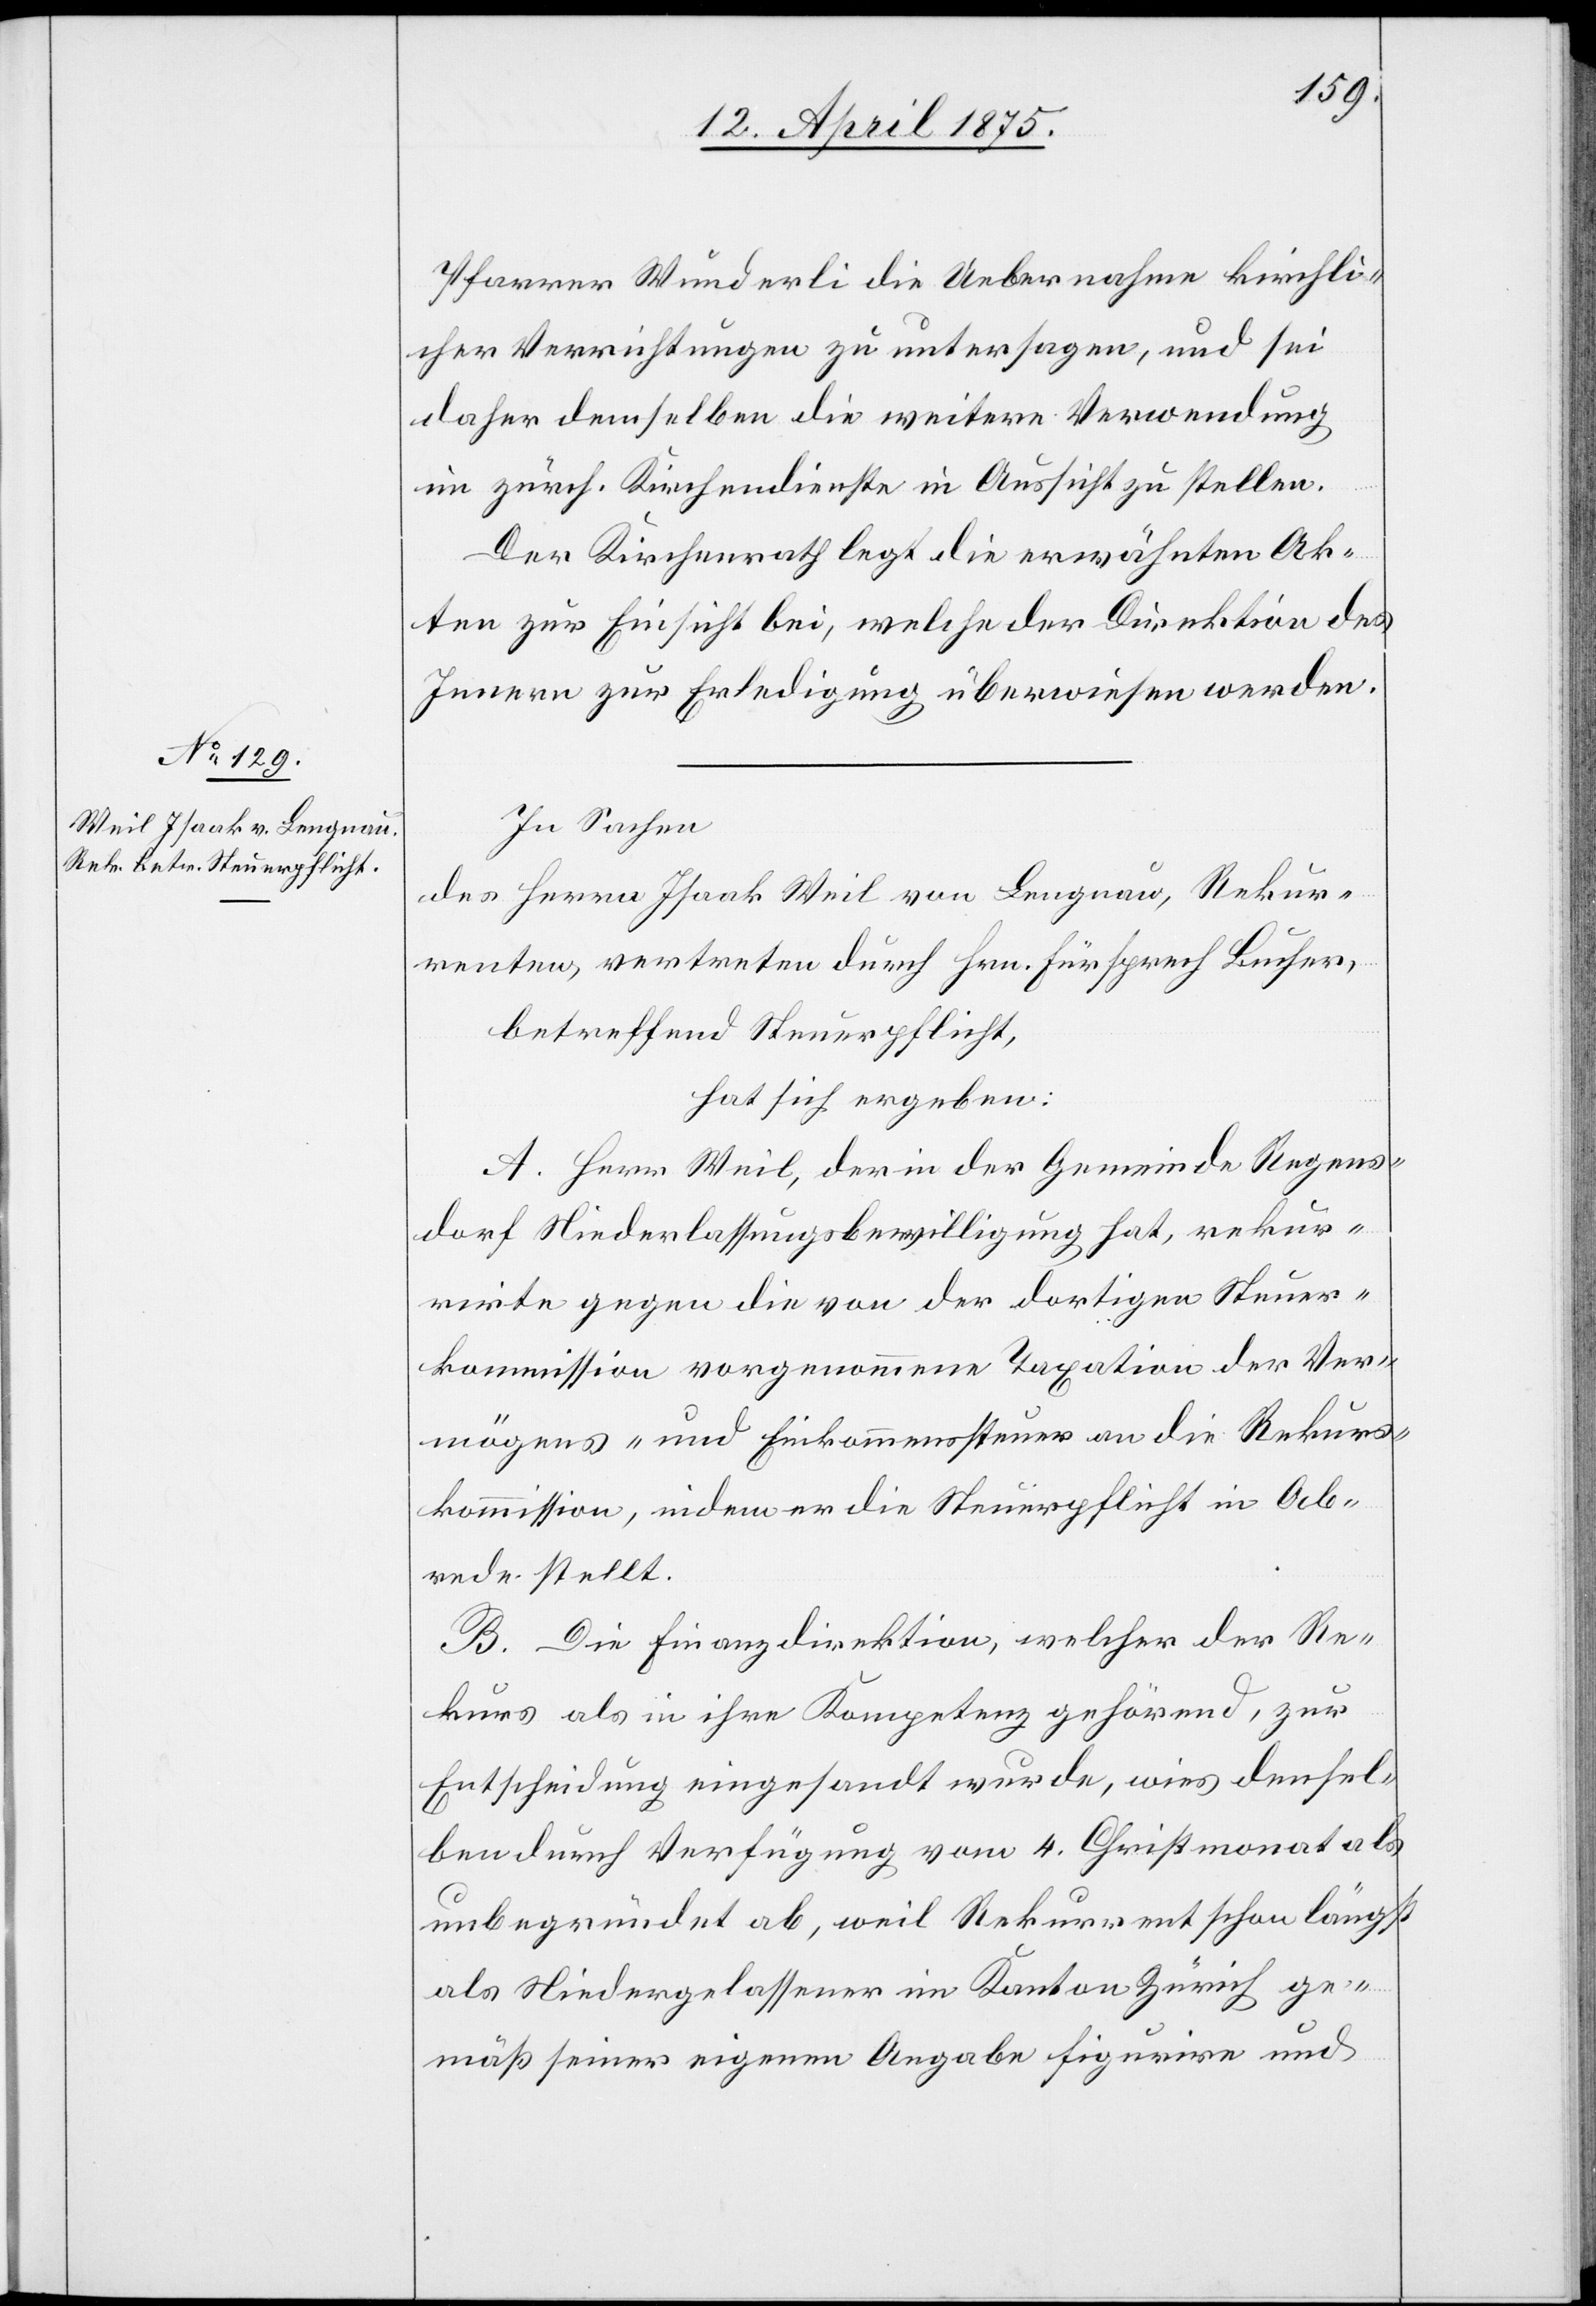
Pfarrer Wunderli die Uebernahme kirchli¬
cher Verrichtungen zu untersagen, und sei
daher demselben die weitere Verwendung
im zürch. Kirchendienste in Aussicht zu stellen.
Der Kirchenrath legt die erwähnten Ak¬
ten zur Einsicht bei, welche der Direktion des
Innern zur Erledigung überwiesen werden.
In Sachen
des Herrn Isaak Weil von Langnau, Rekur¬
renten, vertreten durch Hrn. Fürsprech Bucher,
betreffend Steuerpflicht,
hat sich ergeben:
A. Herr Weil, der in der Gemeinde Regens¬
dorf Niederlassungsbewilligung hat, rekur¬
rirte gegen die von der dortigen Steuer¬
kommission, indem er die Steuerpflicht in Ab¬
rede stellt.
B. Die Finanzdirektion, welcher der Re¬
kurs als in ihre Kompetenz gehörend, zur
Entscheidung eingesandt wurde, wies densel¬
ben durch Verfügung vom 4. Christmonat als
unbegründet ab, weil Rekurrent schon längst
als Niedergelassener im Kanton Zürich ge¬
mäß seiner eigenen Angabe figurire und